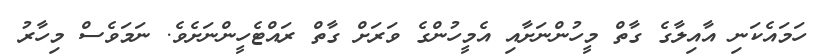
ހަމައެކަނި އާއިލާގެ ގާތް މީހުންނަށާއި އެމީހުންގެ ވަރަށް ގާތް ރައްޓެހީންނަށެވެ. ނަމަވެސް މިހާރު